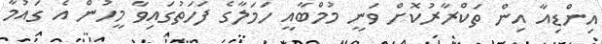
އިންޑިއާ އިން ތަކްރާރުކޮށް ވަނީ މުމްބާއީ ހަމަލާގެ ފަަހަތުގައިވާ މީހުން އެ ގައުމާ